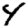
Digit: 4